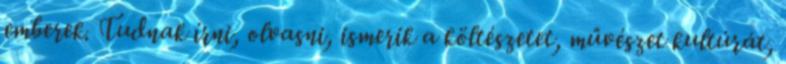
emberek. Tudnak írni, olvasni, ismerik a költészetet, művészet kultúrát,